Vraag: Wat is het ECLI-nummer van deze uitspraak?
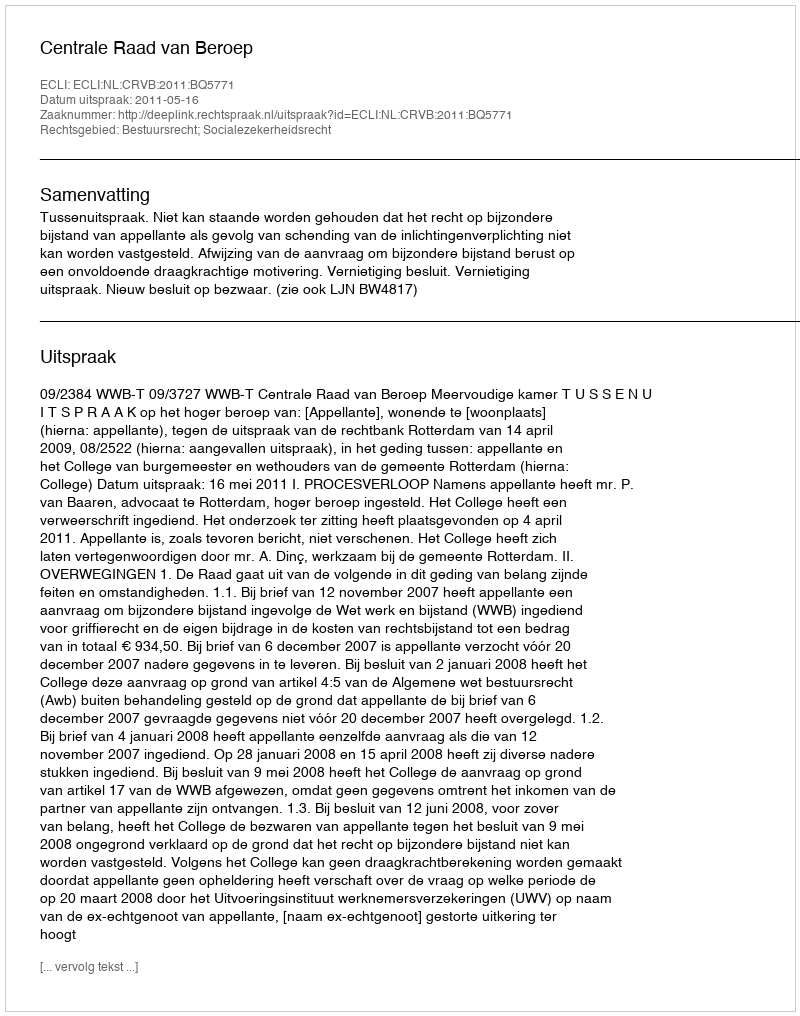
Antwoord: ECLI:NL:CRVB:2011:BQ5771